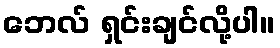
ဘေလ် ရှင်းချင်လို့ပါ။